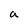
Character: a